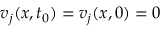
v _ { j } ( x , t _ { 0 } ) = v _ { j } ( x , 0 ) = 0